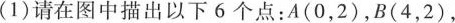
(1)请在图中描出以下6个点：A(0，2)，B(4，2)，